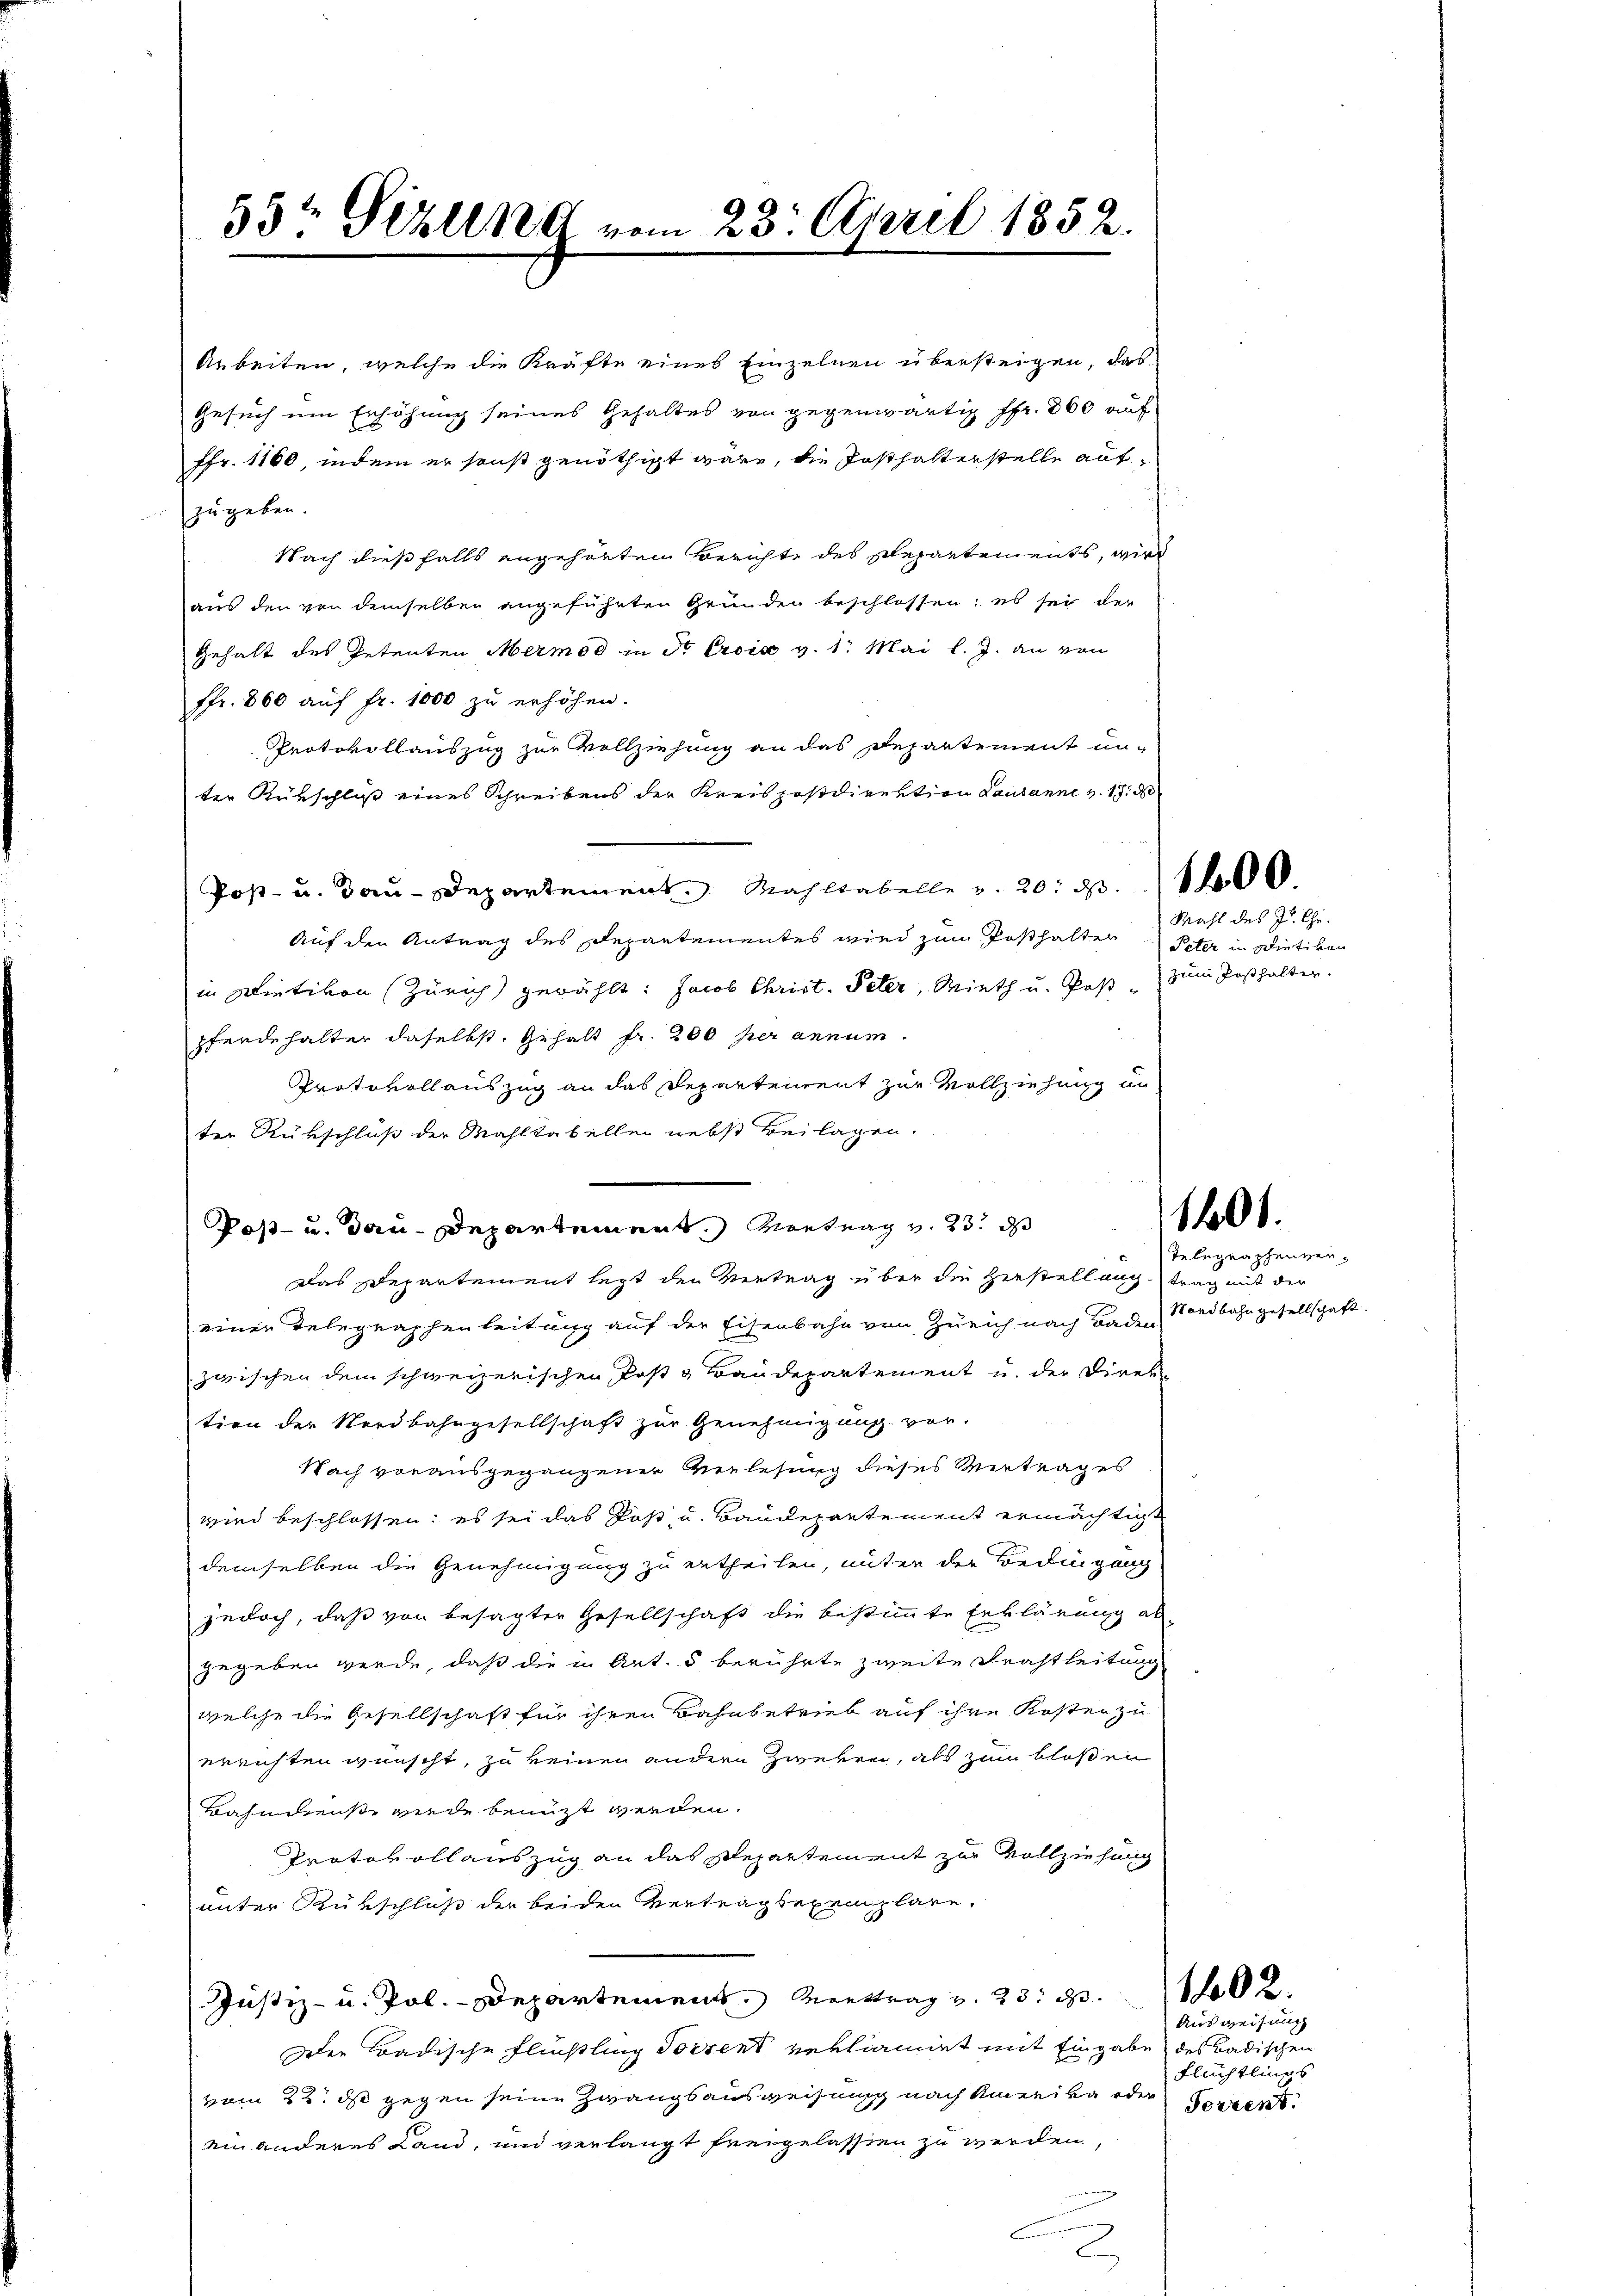
Arbeiten, welche die Kräfte eines Einzelnen übersteigen, das
Gesuch um Erhöhung seines Gehaltes von gegenwärtig ffr. 800 auf
Ffr. 1160, indem er sonst genöthigt wäre, die Posthalterstelle aufzugeben.
Nach dießfalls angehörten Berichte des Repartements, wird
aus den von demselben angeführten Gründen beschlossen; es sei der
Gehalt des Petenten Mermod in So Croix v. 1. Mai l. J. an von
ffr. 800 auf fr. 1000 zu erhöhen.
Protokollauszug zur Vollziehung an das Departement unter Rükschluß eines Schreibens der Kreispostdirektion Lausanne v. 17. d
Post- u. Bau-Departement. Mahltabelle v. 20. d. 1400.
Auf den Antrag des Departementes wird zum Posthalten Peter in Dietikon
in Dietikon (Zürich gewählt: Jacob Christ. Peter, Mieth u. Post zum Posthalter.
pferdehalter daselbst. Gehalt fr. 200 per annum.
Protokoll auszug an das Departement zur Vollziehung an
ter Rükschluß der Mahltabellen nebst Beilagen.
Das Departement legt der Vertrag über die Herstellung trag mit der
einer Telegraphenleitung auf der Eisenbahn von Zürich nach Baden Nordbahngesellschaft.
zwischen dem schweizerischen Post & Baudepartement u. der Direktion der Nordbahngesellschaft zur Genehmigung vor-
Nach vorausgegangener Verlesung dieses Vertrages
wird beschlossen; es sei das Post u. Baudepartement ermächtigt
demselben die Genehmigung zu ertheilen, unter der Bedingung
jedoch, daß von besagter Gesellschaft die bestimmte Erklärung al
gegeben werde, daß die in Art. 5 berührte zweite Drahtleitung
welche die Gesellschaft für ihren Bahnbetrieb auf ihre Kosten zu
errichten wünscht, zu keinen andern Zweken, als zum bloßen
Bahndienst wiede benuzt werden.
Protokollauszug an das Departement zur Vollziehung
unter Rükschluß der beiden Vertragsexemplare.
Justiz- u. Pol.- Departemens Vertrag v. 23. 102.
Der Badische Flüßling Sorrent verliamirt mit Eingabe des Badischen
vom 22. ds gegen seine Zwangsausweisung nach Amerika oder
ein anderes Land, und verlangt freigelassen zu werden,

55t Gizling vom 23. April 1852.

Post- u. dau-Departement. Vortrag v. 23. ds

2

Mahl des J. Chr.

1401.

Telegraphenver¬

Ausweisung
Flüchtlings
Torrent.